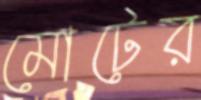
মোটের